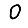
Digit: 0